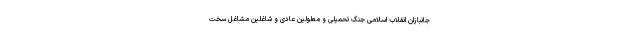
جانبازان انقلاب اسلامی جنگ تحمیلی و معلولین عادی و شاغلین مشاغل سخت